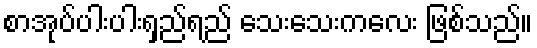
စာအုပ်ပါးပါးရှည်ရည် သေးသေးကလေး ဖြစ်သည်။